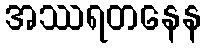
အဿရတနေန